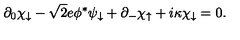
\partial _ { 0 } \chi _ { \downarrow } - \sqrt { 2 } e \phi ^ { * } \psi _ { \downarrow } + \partial _ { - } \chi _ { \uparrow } + i \kappa \chi _ { \downarrow } = 0 .